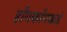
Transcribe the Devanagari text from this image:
हाँगकाँगकडे